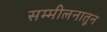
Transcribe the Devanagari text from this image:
सम्मीलनातून